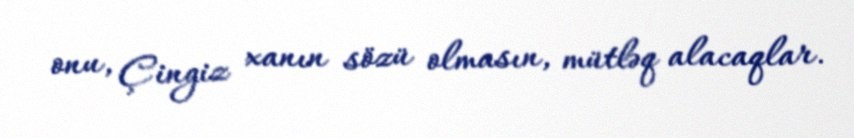
onu, Çingiz xanın sözü olmasın, mütləq alacaqlar.